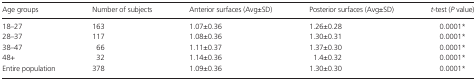
| Age groups | Number of subjects | Anterior surfaces (Avg±SD) | Posterior surfaces (Avg±SD) | t‐test (P value) |
 | --- | --- | --- | --- | --- |
 | 18–27 | 163 | 1.07±0.36 | 1.26±0.28 | 0.0001* |
 | 28–37 | 117 | 1.08±0.36 | 1.30±0.31 | 0.0001* |
 | 38–47 | 66 | 1.11±0.37 | 1.37±0.30 | 0.0001* |
 | 48+ | 32 | 1.14±0.36 | 1.4±0.32 | 0.0001* |
 | Entire population | 378 | 1.09±0.36 | 1.30±0.30 | 0.0001* |